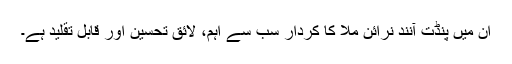
ان میں پنڈت آنند نرائن ملّا کا کردار سب سے اہم، لائق تحسین اور قابل تقلید ہے۔